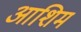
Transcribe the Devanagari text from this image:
आशिम